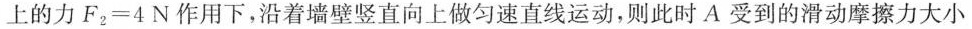
上的力$$F _ { 2 } = 4 N$$作用下，沿着墙壁竖直向上做匀速直线运动，则此时A受到的滑动摩擦力大小